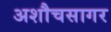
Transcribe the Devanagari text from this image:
अशौचसागर